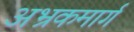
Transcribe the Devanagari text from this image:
अभ्रकमार्ग